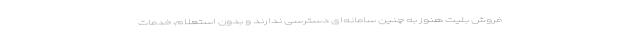
فروش بلیت هنوز به چنین سامانه‌ای دسترسی ندارند و بدون استعلام، خدمات